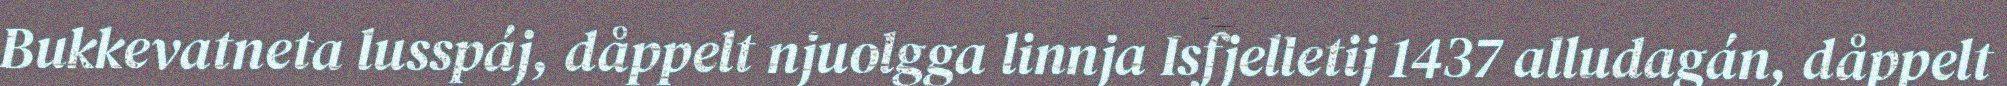
Bukkevatneta lusspáj, dåppelt njuolgga linnja Isfjelletij 1437 alludagán, dåppelt